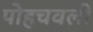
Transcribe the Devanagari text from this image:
पोहचवली